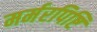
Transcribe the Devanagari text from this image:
मर्मरपिष्टि